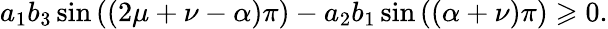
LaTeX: a_{1}b_{3}\sin\left(\left(2\mu+\nu-\alpha\right)\pi\right)-a_{2}b_{1}\sin\left(\left(\alpha+\nu\right)\pi\right)\geqslant 0.